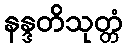
နန္ဒတိသုတ္တံ